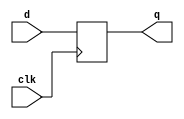
//
// SPDX-FileCopyrightText: Copyright 2023 Darryl Miles
// SPDX-License-Identifier: Apache2.0
//
`default_nettype none
`ifdef TIMESCALE
`timescale 1ns/1ps
`endif
//
// MetaData-1.0::
// Module-Name: dff
// Module-Language: Verilog-200?
// Input-Count: 2
// input-1: clk Clock (posedge)
// input-2: d data
// Output-Count: 1
// Output-1: q Q
//
//
//  D Flip-Flop (verilog register simulation)
//	Master-Slave D type FlipFlop
//	One such implementation can be made from a
//	Level Triggered Gated SR Latch connected to
//      output of a Level Triggered Gated D Latch
//	with an inverter added to the clock line internally.
//	UPPERCASE represents external signal names
//		sr_latch_nand_gated(.s(sr_set_net_Qm), .r(sr_reset_net), .e(!CLK), .q(Q), .qn(QN))	// slave
//		d_latch_nand(.d(D), .gate(CLK), .q(sr_set_net_Qm), .qn(sr_reset_net))	// master
//
//
//
module dff (
    input  wire			clk,
    input  wire			d,

    output  reg			q
);

    always @(posedge clk) begin
        q <= d;
    end

endmodule